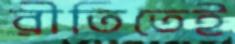
রীতিতেই